Report of the Municipal Commissioner on the plague in Bombay for the year ending 31st May... - Volume 3
Disease focus: Plague
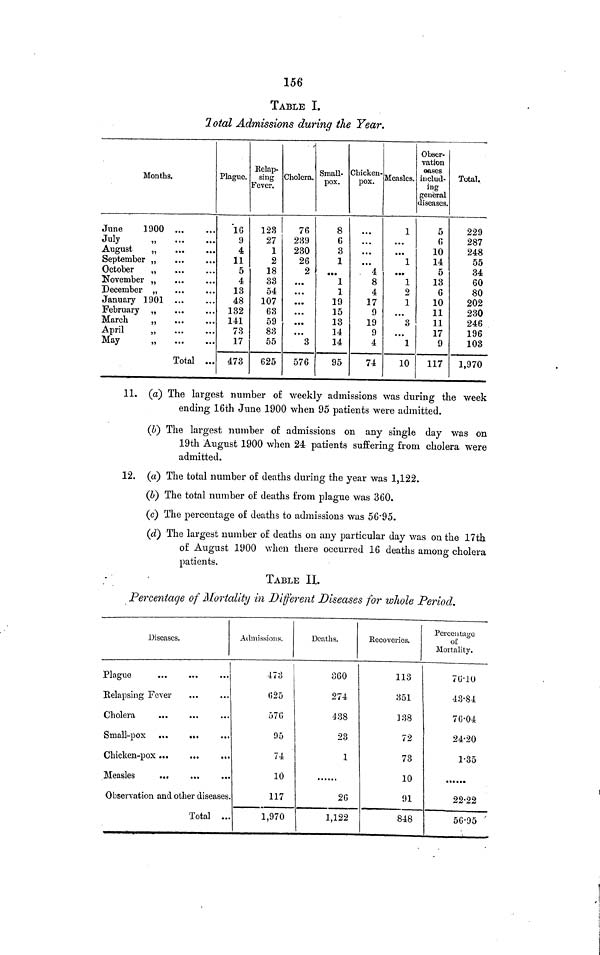
156
TABLE I.
Total Admissions during the Year.
Months.
June
1900
July
August
September
October
November
December
January 1901
February
March
April
May
Total ...
Plague.
16
9
4
11
5
4
13
48
132
141
73
17
473
Relap-
sing
Fever.
123
27
1
2
18
33
54
107
63
59
83
55
625
Cholera.
76
239
230
26
2
...
...
...
• • •
...
3
576
Small-
pox.
8
6
3
1
• ••
1
1
19
15
13
14
14
95
Chicken-
pox.
...
...
...
. 4
8
4
17
9
19
9
4
74
Measles.
1
...
...
1
1
2
1
...
3
...
1
10
Obser-
vation
oases
includ-
ing
general
diseases.
5
6
10
14
5
13
6
10
11
11
17
9
117
Total.
229
287
248
55
34
60
80
202
230
246
196
103
1,970
11. (a) The largest number of weekly admissions was during the week
ending 16th June 1900 when 95 patients were admitted.
(b) The largest number of admissions on any single day was on
19th August 1900 when 24 patients suffering from cholera were
admitted.
12. (a) The total number of deaths during the year was 1,122.
(b) The total number of deaths from plague was 360.
(c) The percentage of deaths to admissions was 56·95.
(d) The largest number of deaths on any particular day was on the 17th
of August 1900 when there occurred 16 deaths among cholera
patients.
TABLE IL
Percentage of Mortality in Different Diseases for whole Period.
Diseases.
Plague
Relapsing Fever
Cholera
...
Small-pox ...
...
Chicken-pox
Measles
...
...
Observation and other diseases
Total ..
Admissions.
473
625
570
95
74
10
117
1,970
Deaths.
360
274
438
23
1
2G
1,122
Recoveries.
113
351
138
72
73
10
91
848
Percentage
of
Mortality.
76·10
43·84
70·04
24·20
1·35
22·22
56·95